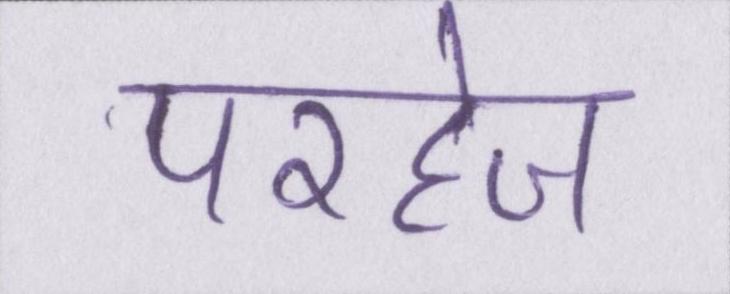
परहेज